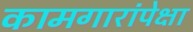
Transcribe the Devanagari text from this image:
कामगारांपेक्षा